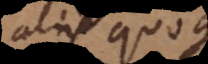
aliis quoque